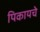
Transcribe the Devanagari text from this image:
पिकायचे